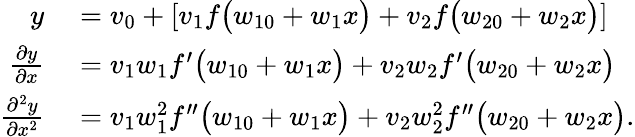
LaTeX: \begin{array}{rl}{y}&{{}=v_{0}+\left[v_{1}f\big(w_{10}+w_{1}x\big)+v_{2}f\big(w_{20}+w_{2}x\big)\right]}\\ {\frac{\partial y}{\partial x}}&{{}=v_{1}w_{1}f^{\prime}\big(w_{10}+w_{1}x\big)+v_{2}w_{2}f^{\prime}\big(w_{20}+w_{2}x\big)}\\ {\frac{\partial^{2}y}{\partial x^{2}}}&{{}=v_{1}w_{1}^{2}f^{\prime\prime}\big(w_{10}+w_{1}x\big)+v_{2}w_{2}^{2}f^{\prime\prime}\big(w_{20}+w_{2}x\big).}\end{array}